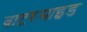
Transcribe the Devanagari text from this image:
वाटरसाइड